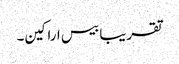
تقریبا بیس اراکین۔